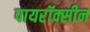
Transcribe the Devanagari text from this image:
पायरॉक्सीन